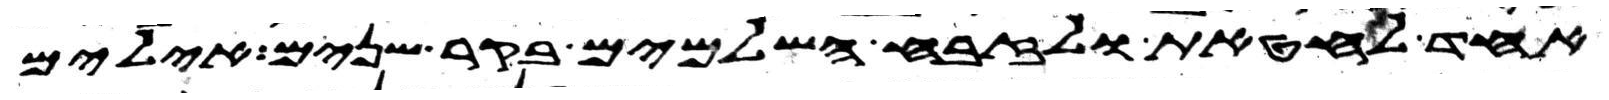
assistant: אחד לחטאת ולזבח השלמים בקר שנים אילים